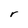
Character: r